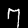
Label: 7